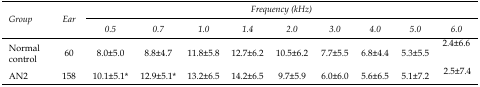
<table><thead><tr><td rowspan="3"><b><i>Group</i></b></td><td rowspan="3"><b><i>Ear</i></b></td><td colspan="9"><b><i>Frequency (kHz)</i></b></td></tr><tr><td><b><i>0.5</i></b></td><td><b><i>0.7</i></b></td><td><b><i>1.0</i></b></td><td><b><i>1.4</i></b></td><td><b><i>2.0</i></b></td><td><b><i>3.0</i></b></td><td><b><i>4.0</i></b></td><td><b><i>5.0</i></b></td><td><b><i>6.0</i></b></td></tr></thead><tbody><tr><td>Normal control</td><td>60</td><td>8.0±5.0</td><td>8.8±4.7</td><td>11.8±5.8</td><td>12.7±6.2</td><td>10.5±6.2</td><td>7.7±5.5</td><td>6.8±4.4</td><td>5.3±5.5</td><td>2.4±6.6</td></tr><tr><td>AN2</td><td>158</td><td>10.1±5.1*</td><td>12.9±5.1*</td><td>13.2±6.5</td><td>14.2±6.5</td><td>9.7±5.9</td><td>6.0±6.0</td><td>5.6±6.5</td><td>5.1±7.2</td><td>2.5±7.4</td></tr></tbody></table>